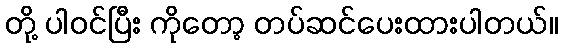
တို့ ပါဝင်ပြီး ကိုတော့ တပ်ဆင်ပေးထားပါတယ်။